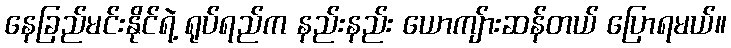
နေခြည်မင်းနိုင်ရဲ့ ရုပ်ရည်က နည်းနည်း ယောကျ်ားဆန်တယ် ပြောရမယ်။